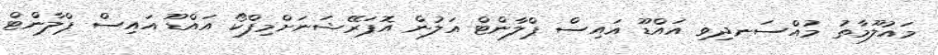
މައުލޫމާތު މުއްސަނދިވި އައްޑޫ އައިސް ޕްލާންޓް އަލުން އޮޕަރޭޝަނަށްމިފްކޯ އައްޑޫ އައިސް ޕްލާންޓް